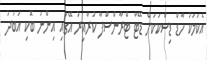
އެކަމަކު ހާޑް ޑިސްކަކަށް ޑޭޓާ ޓްރާންސްފާ ކުރާއިރު އޭގައި އިންނަ ބޮކި އަބަދު